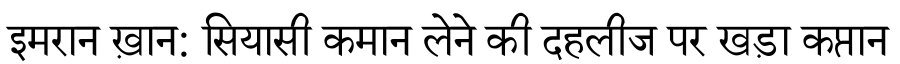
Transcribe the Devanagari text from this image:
इमरान ख़ान: सियासी कमान लेने की दहलीज पर खड़ा कप्तान